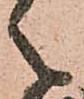
之